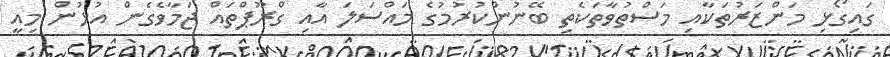
ގައިގޯޅި މަންޒަރުތަކާއި މަސްތުވާތަކެތި ބޭނުންކުރުމުގެ މައްސަލަ އާއި ގްރޫޕްތައް ޖަމާވެގެން އުޅުން މިއީ